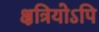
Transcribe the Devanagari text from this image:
क्षत्रियोऽपि